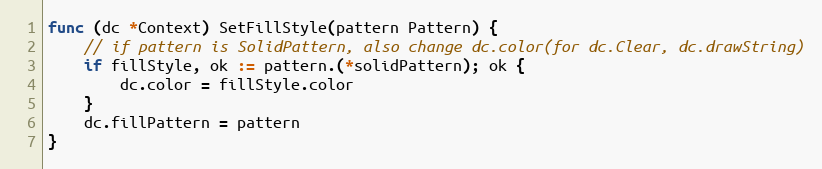
Language: Go
func (dc *Context) SetFillStyle(pattern Pattern) {
	// if pattern is SolidPattern, also change dc.color(for dc.Clear, dc.drawString)
	if fillStyle, ok := pattern.(*solidPattern); ok {
		dc.color = fillStyle.color
	}
	dc.fillPattern = pattern
}